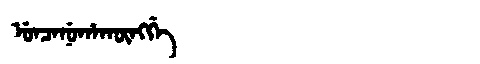
Manchu: ᡠᠨᠴᠠᠨᡠᡥᠠᡴᡡᠩᡤᡝ
Romanization: UNCANUHAKŪNGGE